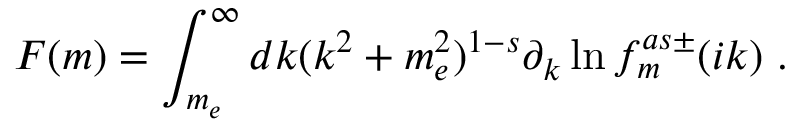
F ( m ) = \int _ { m _ { e } } ^ { \infty } d k ( k ^ { 2 } + m _ { e } ^ { 2 } ) ^ { 1 - s } \partial _ { k } \ln f _ { m } ^ { a s \pm } ( i k ) \ .